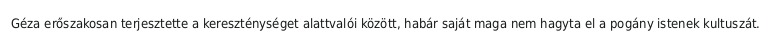
Géza erőszakosan terjesztette a kereszténységet alattvalói között, habár saját maga nem hagyta el a pogány istenek kultuszát.